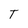
Character: T